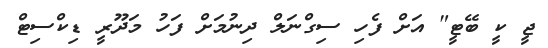
ޖީ ކީ ބޭޓީ" އަށް ފެހި ސިގްނަލް ދިނުމަށް ފަހު މަދޫރީ ޑިކްސިޓް